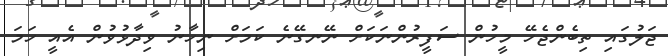
ޖަލުގައި ތިބެންޖެހޭ މީހުން ސަފީރުންނަކަށް ނޭނގޭނެ ކަމަށް ނިހާނު ވިދާޅުވުން އެއީ ހަމަ